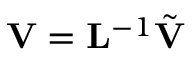
{ \bf V } = { \bf L } ^ { - 1 } \tilde { \bf V }